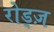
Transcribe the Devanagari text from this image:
रोड्ज़